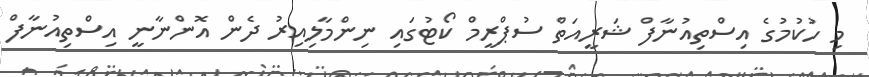
މި ހުކުމުގެ އިސްތިއުނާފް ޝަރީއަތް ސުޕްރީމް ކޯޓުގައި ނިންމާލިއިރު ދެން އޮންނާނީ އިސްތިއުނާފް